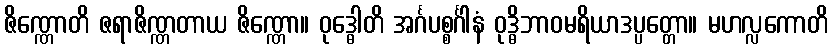
ဇိဏ္ဏောတိ ဇရာဇိဏ္ဏတာယ ဇိဏ္ဏော။ ဝုဒ္ဓေါတိ အင်္ဂပစ္စင်္ဂါနံ ဝုဒ္ဓိဘာဝမရိယာဒပ္ပတ္တော။ မဟလ္လကောတိ